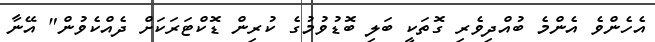
އެހެންވެ އެންމެ ބުއްދިވެރި ގޮތަކީ ބަލި ބޮޑުވުމުގެ ކުރިން ޑޮކްޓަރަކަށް ދެއްކެވުން" އޭނާ